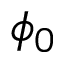
\phi _ { 0 }